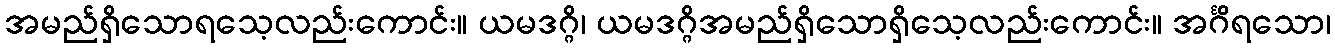
အမည်ရှိသောရသေ့လည်းကောင်း။ ယမဒဂ္ဂိ၊ ယမဒဂ္ဂိအမည်ရှိသောရှိသေ့လည်းကောင်း။ အင်္ဂိရသော၊